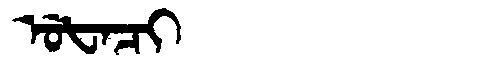
Manchu: ᡠᡶᠠᠴᡳ
Romanization: UFACI